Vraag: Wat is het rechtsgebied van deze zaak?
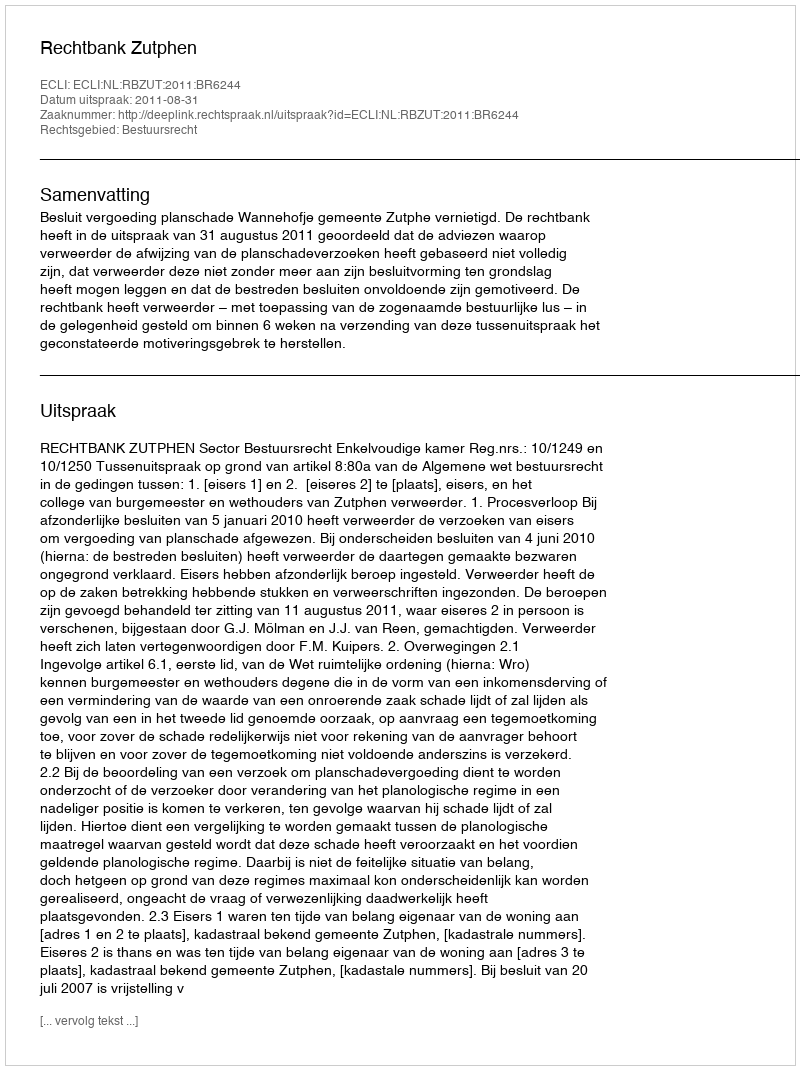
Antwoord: Bestuursrecht